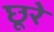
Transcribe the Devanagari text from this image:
छूरे